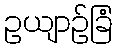
ဥယျာဉ်ခြံ